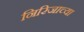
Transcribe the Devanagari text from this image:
निरिजाच्या